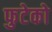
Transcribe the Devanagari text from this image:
फुटेको